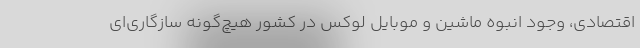
اقتصادی، وجود انبوه ماشین و موبایل لوکس در کشور هیچ‌گونه سازگاری‌ای